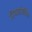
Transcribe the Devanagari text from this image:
नियमांसहित